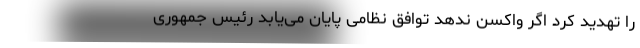
را تهدید کرد اگر واکسن ندهد توافق نظامی پایان می‌یابد رئیس جمهوری